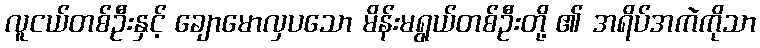
လူငယ်တစ်ဦးနှင့် ချောမောလှပသော မိန်းမရွယ်တစ်ဦးတို့ ၏ အရိပ်အကဲကိုသာ